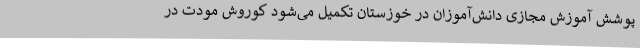
پوشش‌ آموزش مجازی دانش‌آموزان در خوزستان تکمیل می‌شود کوروش مودت در